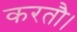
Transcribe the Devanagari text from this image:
करतौ।